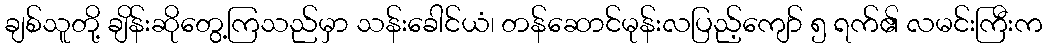
ချစ်သူတို့ ချိန်းဆိုတွေ့ကြသည်မှာ သန်းခေါင်ယံ၊ တန်ဆောင်မုန်းလပြည့်ကျော် ၅ ရက်၏ လမင်းကြီးက